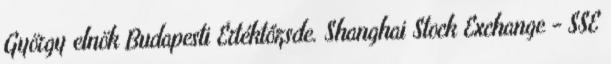
György elnök Budapesti Értéktőzsde. Shanghai Stock Exchange - SSE